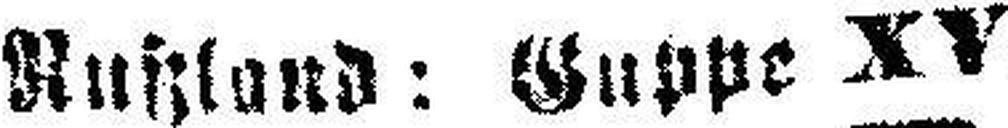
Nußland: Guppe XV.